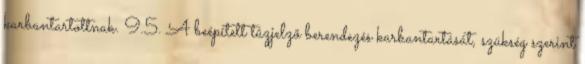
karbantartottnak. 9.5. A beépített tûzjelzõ berendezés karbantartását, szükség szerint